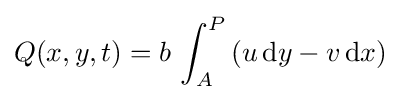
Q(x,y,t)=b\,\int _{A}^{P}\left(u\,\mathrm {d} y-v\,\mathrm {d} x\right)